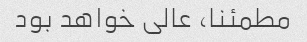
مطمئنا، عالی خواهد بود